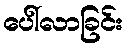
ပေါ်လာခြင်း